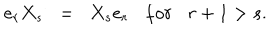
LaTeX: e _ { r } X _ { s } \; \; = \; \; X _ { s } e _ { r } f o r r + 1 > s .